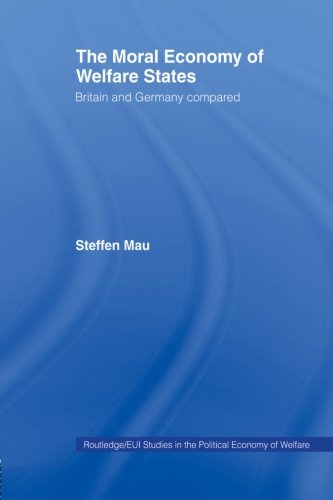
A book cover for The Moral Economy of Welfare States: Britain and Germany Compared (Routledge Studies in the Political Economy of the Welfare State); Steffen Mau; Business & Money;